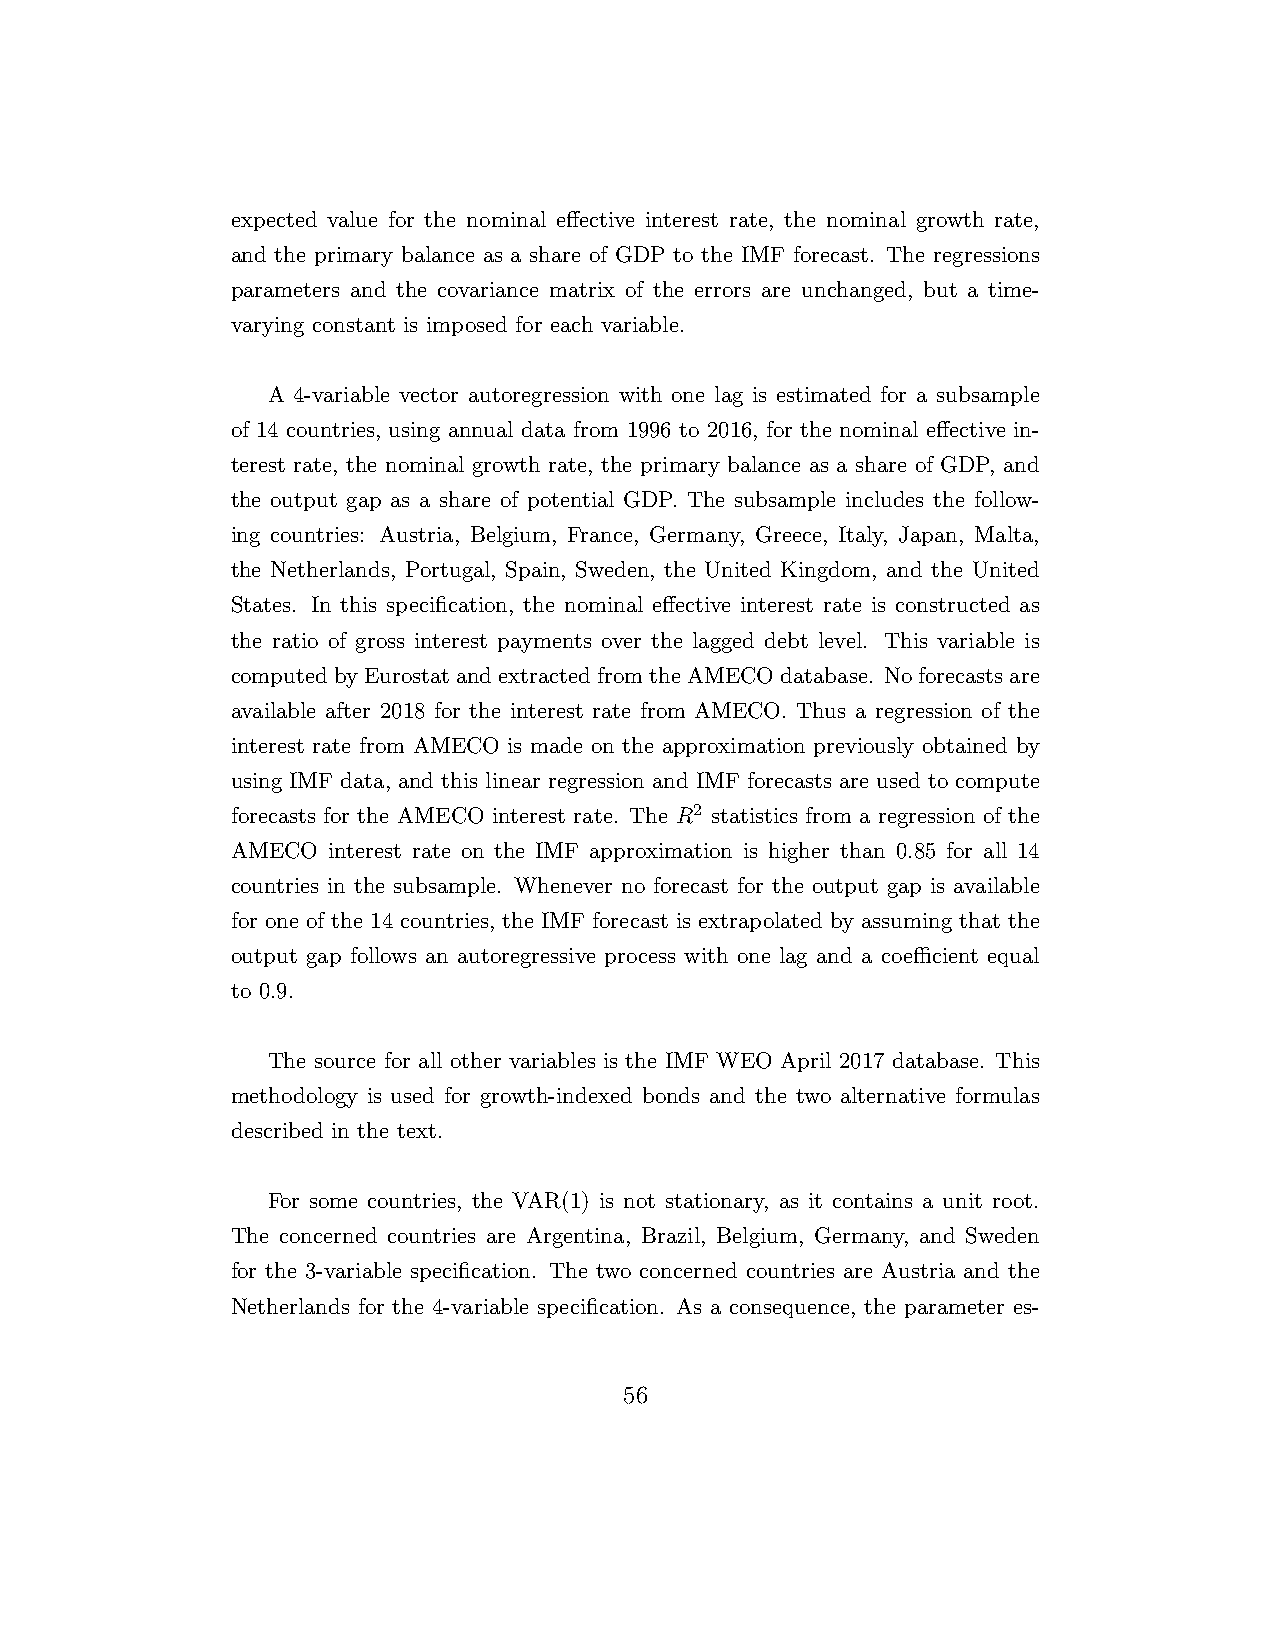
expected value for the nominal effective interest rate, the nominal growth rate,
 and the primary balance as a share of GDP to the IMF forecast. The regressions
 parameters and the covariance matrix of the errors are unchanged, but a time-
 varying constant is imposed for each variable.
 A 4-variable vector autoregression with one lag is estimated for a subsample
 of 14 countries, using annual data from 1996 to 2016, for the nominal effective in-
 terest rate, the nominal growth rate, the primary balance as a share of GDP, and
 the output gap as a share of potential GDP. The subsample includes the follow-
 ing countries: Austria, Belgium, France, Germany, Greece, Italy, Japan, Malta,
 the Netherlands, Portugal, Spain, Sweden, the United Kingdom, and the United
 States. In this specification, the nominal effective interest rate is constructed as
 the ratio of gross interest payments over the lagged debt level. This variable is
 computedbyEurostatandextractedfromtheAMECOdatabase. Noforecastsare
 available after 2018 for the interest rate from AMECO. Thus a regression of the
 interest rate from AMECO is made on the approximation previously obtained by
 using IMF data, and this linear regression and IMF forecasts are used to compute
 forecasts for the AMECO interest rate. The R2 statistics from a regression of the
 AMECO  interest rate on the IMF approximation is higher than 0.85 for all 14
 countries in the subsample. Whenever no forecast for the output gap is available
 for one of the 14 countries, the IMF forecast is extrapolated by assuming that the
 output gap follows an autoregressive process with one lag and a coefficient equal
 to 0.9.
 The source for all other variables is the IMF WEO April 2017 database. This
 methodology is used for growth-indexed bonds and the two alternative formulas
 described in the text.
 For some countries, the VAR(1) is not stationary, as it contains a unit root.
 The concerned countries are Argentina, Brazil, Belgium, Germany, and Sweden
 for the 3-variable specification. The two concerned countries are Austria and the
 Netherlands for the 4-variable specification. As a consequence, the parameter es-
 56